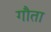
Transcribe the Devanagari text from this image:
गौता